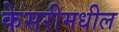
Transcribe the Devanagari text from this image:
केसरीमधील